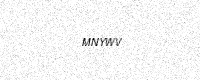
Text: MNYWV